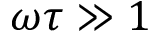
\omega \tau \gg 1